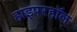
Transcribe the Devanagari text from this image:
हाइपरहॉल